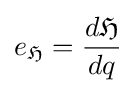
e_{\mathfrak {H}}={\frac {d{\mathfrak {H}}}{dq}}